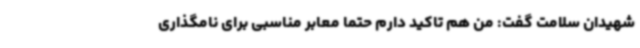
شهیدان سلامت گفت: من هم تاکید دارم حتما معابر مناسبی برای نامگذاری